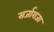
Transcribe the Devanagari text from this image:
सर्जाराजा